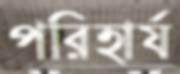
পরিহার্য